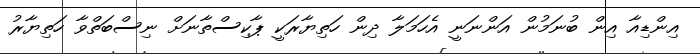
އިންޑިއާ އިން ބުނަމުން އަންނަނީ އެހަމަލާ ދިން ހަތިޔާރަކީ ޕާކިސްތާނަށް ނިސްބަތްވާ ހަތިޔާރު